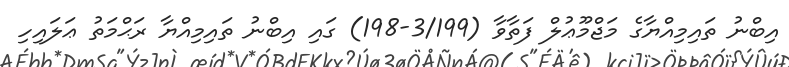
އިބްނު ތައިމިއްޔާގެ މަޖްމޫޢުލް ފަތާވާ (3/199-198) ގައި އިބްނު ތައިމިއްޔާ ރަޙްމަތު ޢަލައިހި